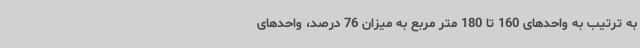
به ترتیب به واحدهای 160 تا 180 متر مربع به میزان 76 درصد، واحدهای